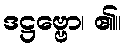
ဒဋ္ဌဗ္ဗော၊ ၏။